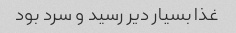
غذا بسیار دیر رسید و سرد بود